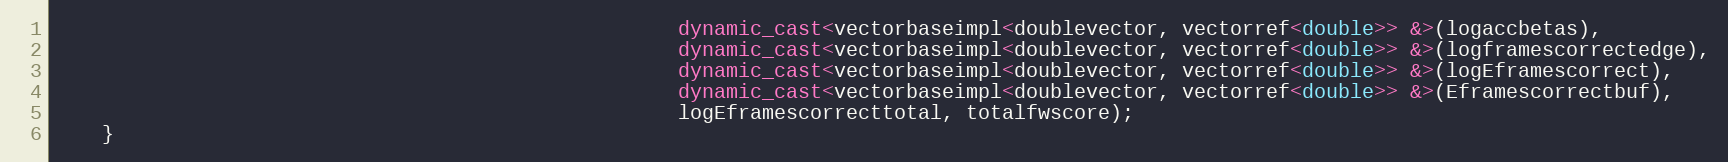
Language: C++
                                                    dynamic_cast<vectorbaseimpl<doublevector, vectorref<double>> &>(logaccbetas),
                                                    dynamic_cast<vectorbaseimpl<doublevector, vectorref<double>> &>(logframescorrectedge),
                                                    dynamic_cast<vectorbaseimpl<doublevector, vectorref<double>> &>(logEframescorrect),
                                                    dynamic_cast<vectorbaseimpl<doublevector, vectorref<double>> &>(Eframescorrectbuf),
                                                    logEframescorrecttotal, totalfwscore);
    }